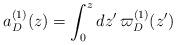
LaTeX: \begin{align*}a_D^{(1)}(z)=\int_0^z dz'\, \varpi_D^{(1)}(z')\end{align*}